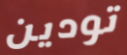
تودين